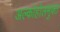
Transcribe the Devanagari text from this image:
अल्कोहोलमुक्त